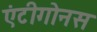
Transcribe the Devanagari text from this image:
एंटीगोनस